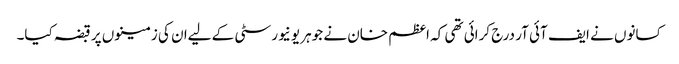
کسانوں نے ایف آئی آر درج کرائی تھی کہ اعظم خان نے جوہر یونیورسٹی کے لیےان کی زمینوں پر قبضہ کیا۔